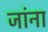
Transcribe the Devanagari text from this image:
जांना